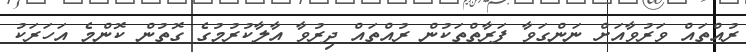
ރުއްތައް ވަރުވާއަށް ނަންގަވާ ފަރާތްތަކުން ރުއްތައް ދިރުވާ އާލާކުރުމުގެ ގޮތުން ކޮންމެ އަހަރަކު